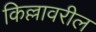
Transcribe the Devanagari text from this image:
किल्लावरील